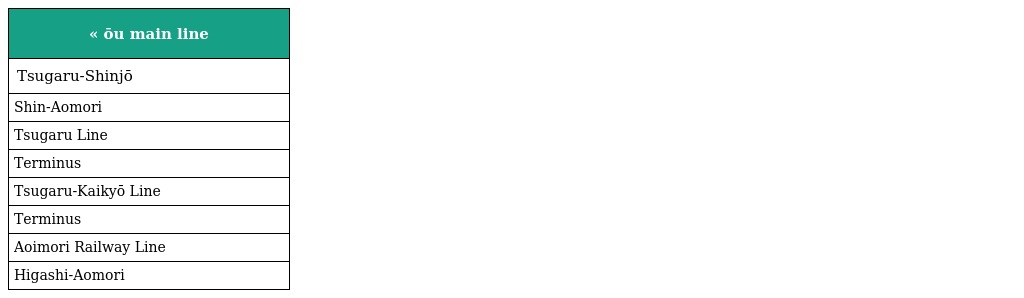
| « ōu main line |
 | --- |
 | Tsugaru-Shinjō |
 | Shin-Aomori |
 | Tsugaru Line |
 | Terminus |
 | Tsugaru-Kaikyō Line |
 | Terminus |
 | Aoimori Railway Line |
 | Higashi-Aomori |